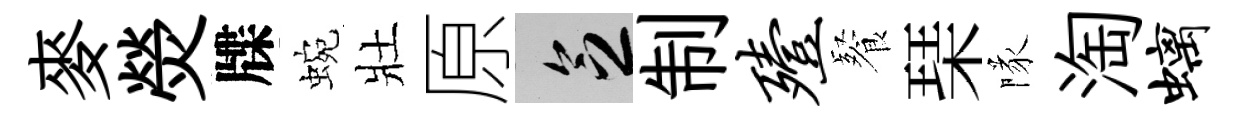
麥熒牒蜿壯原乏制殪餐琹隊淘螭